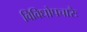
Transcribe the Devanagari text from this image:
विविधोपचारैः